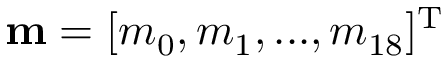
{ \bf { m } } = { [ { m _ { 0 } } , { m _ { 1 } } , . . . , { m _ { 1 8 } } ] ^ { \mathrm { T } } }